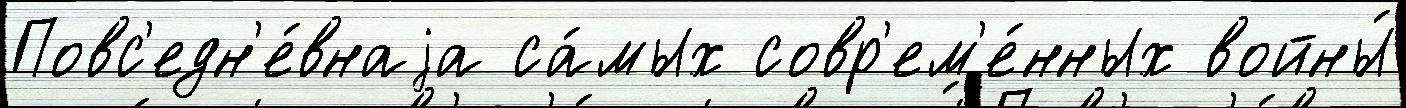
Повс'едн'е́внаjа са́мых совр'ем'е́нных войны́